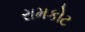
રામકોટ